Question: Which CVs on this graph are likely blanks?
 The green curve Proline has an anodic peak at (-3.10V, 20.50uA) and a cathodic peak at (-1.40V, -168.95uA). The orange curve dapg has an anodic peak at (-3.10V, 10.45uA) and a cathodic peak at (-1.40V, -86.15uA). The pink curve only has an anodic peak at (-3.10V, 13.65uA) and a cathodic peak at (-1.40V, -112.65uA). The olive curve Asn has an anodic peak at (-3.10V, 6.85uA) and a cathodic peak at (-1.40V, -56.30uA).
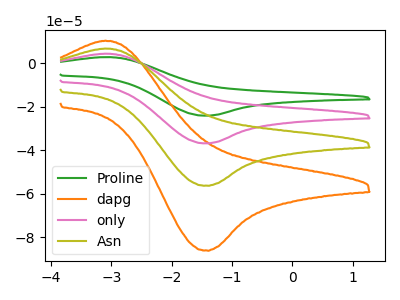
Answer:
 <answer>There are not any CV's on this graph that are likely to be blanks.</answer>
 <eval>none</eval>